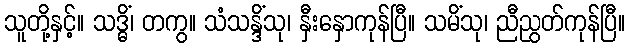
သူတို့နှင့်။ သဒ္ဓိံ၊ တကွ။ သံသန္ဒိံသု၊ နှီးနှောကုန်ပြီ။ သမိံသု၊ ညီညွတ်ကုန်ပြီ။